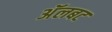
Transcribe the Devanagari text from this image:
अॅलबट